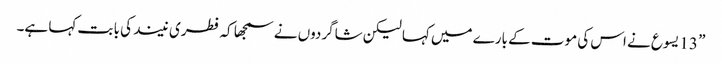
” 13 یسوع نے اس کی موت کے بارے میں کہا لیکن شاگردوں نے سمجھا کہ فطری نیند کی با بت کہا ہے۔